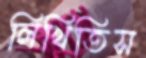
লিখিতিস